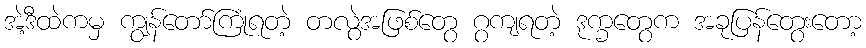
အဲ့ဒီထဲကမှ ကျွန်တော်ကြုံရတဲ့ တလွဲအဖြစ်တွေ ဂွကျရတဲ့ ဒုက္ခတွေက အခုပြန်တွေးတော့